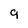
Character: 9